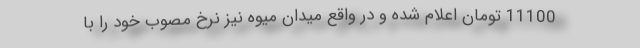
11100 تومان اعلام شده و در واقع میدان میوه نیز نرخ مصوب خود را با